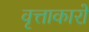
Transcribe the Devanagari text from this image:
वृत्ताकारों